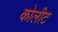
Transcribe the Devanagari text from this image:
कोलीट